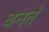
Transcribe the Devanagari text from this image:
बनतें